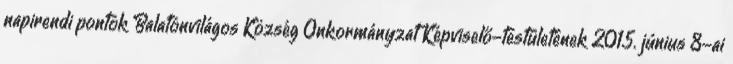
napirendi pontok Balatonvilágos Község Önkormányzat Képviselő-testületének 2015. június 8-ai